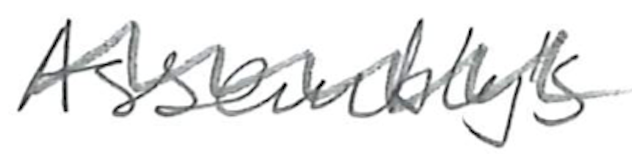
Text: Assembly's
Cross-out: wave
Writing tool: pencil